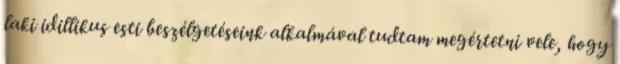
laki idillikus esti beszélgetéseink alkalmával tudtam megértetni vele, hogy